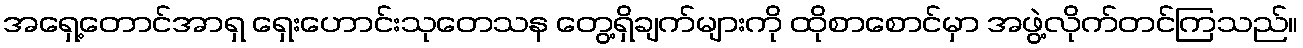
အရှေ့တောင်အာရှ ရှေးဟောင်းသုတေသန တွေ့ရှိချက်များကို ထိုစာစောင်မှာ အဖွဲ့လိုက်တင်ကြသည်။